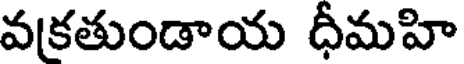
వకతుండాయ ధీమహి